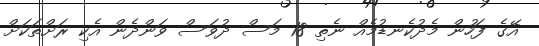
އޭގެ ފަހުން މެދުކެނޑުމެއް ނެތި 18 މަސް ދުވަސް ވަންދެން އެކި ރަށްތަކަށް